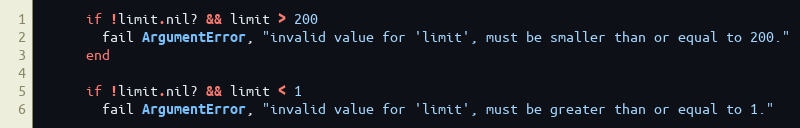
Language: Ruby
      if !limit.nil? && limit > 200
        fail ArgumentError, "invalid value for 'limit', must be smaller than or equal to 200."
      end

      if !limit.nil? && limit < 1
        fail ArgumentError, "invalid value for 'limit', must be greater than or equal to 1."